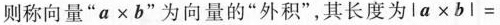
则称向量”$$a\times b$$”为向量的”外积”，其长度为$$la\times bl=$$